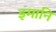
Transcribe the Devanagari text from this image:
इमानि